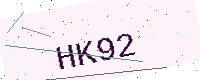
Text: HK92